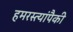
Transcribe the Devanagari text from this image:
हमरस्त्यांपैकी